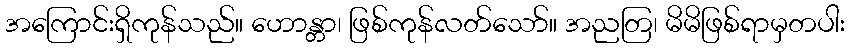
အကြောင်းရှိကုန်သည်။ ဟောန္တာ၊ ဖြစ်ကုန်လတ်သော်။ အညတြ၊ မိမိဖြစ်ရာမှတပါး